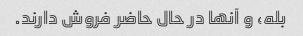
بله، و آنها در حال حاضر فروش دارند.